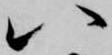
八